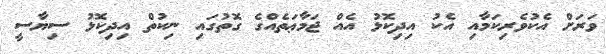
ވަރަށް އެކުވެރިކަމާއި އެކު އިދިކޮޅު އެއް ޖަމާޢަތެއްގެ ގޮތުގައި ނިކުތް އިދިކޮޅު ސިޔާސީ